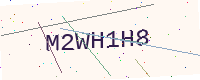
Text: M2WH1H8